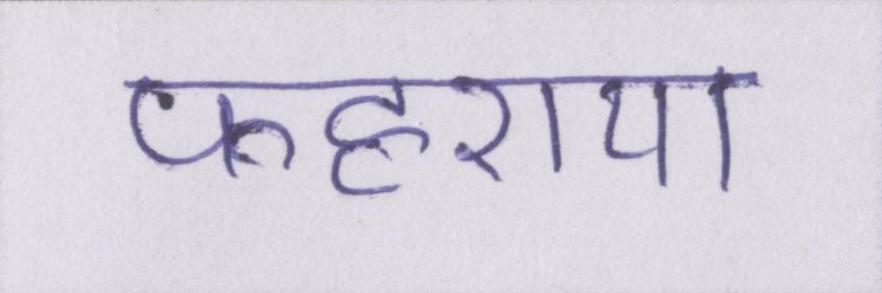
फहराया